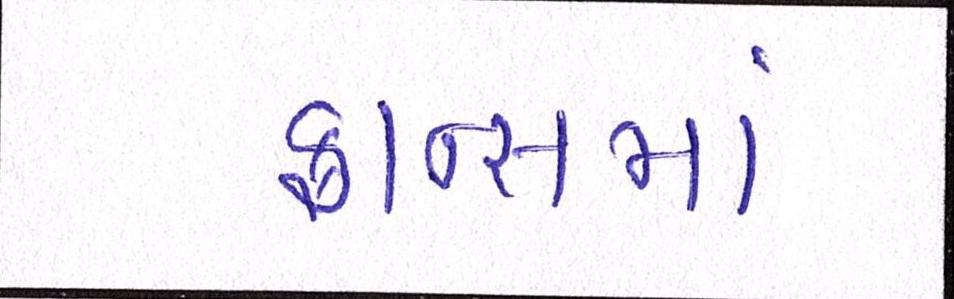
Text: ફ્રાન્સમાં